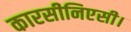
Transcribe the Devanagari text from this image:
कारसीनिएसी।